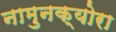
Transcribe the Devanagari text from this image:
नामुनक्योरा